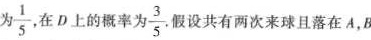
为 \frac{1}{5} 在D上的概率为 \frac{3}{5} 假设共有两次来球且落在A，B